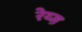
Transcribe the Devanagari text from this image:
रेय्ज़